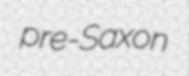
pre-Saxon